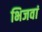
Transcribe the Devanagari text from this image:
भिजवां